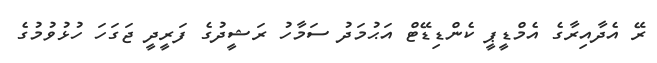
ރޭ އެދާއިރާގެ އެމްޑީޕީ ކެންޑިޑޭޓް އަޙުމަދު ސަމާހު ރަޝީދުގެ ފަރީދީ ޖަގަހަ ހުޅުވުމުގެ